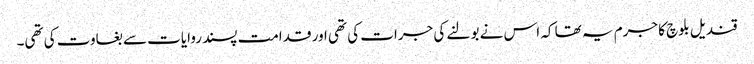
قندیل بلوچ کا جرم یہ تھا کہ اس نے بولنے کی جرات کی تھی اور قدامت پسند روایات سے بغاوت کی تھی۔